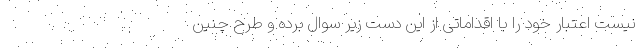
نیست اعتبار خود را با اقداماتی از این دست زیر سوال برده و طرح چنین